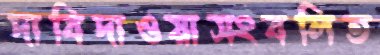
দাবিদাওয়াসংবলিত